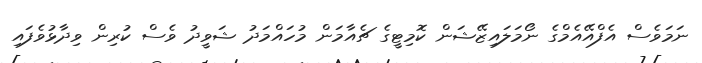
ނަމަވެސް އެފްއޭއެމްގެ ނޯމަލައިޒޭޝަން ކޮމިޓީގެ ޗެއާމަން މުހައްމަދު ޝަވީދު ވެސް ކުރިން ވިދާޅުވެފައި